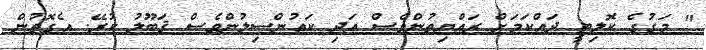
" މަގުގެ ކޮލިޓީ ދައްކަމަށް ރައްޔިތުންވެސް އަދި ކައުންސިލުންވެސް ޤަބޫލު ކުރޭ. އެގޮތުން